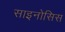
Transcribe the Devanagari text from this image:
साइनोसिस